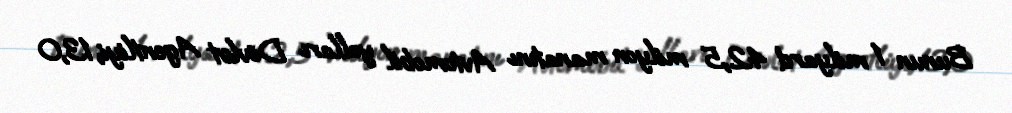
Bunun 1 milyard 42,5 milyon manatını Avtomobil yolları Dövlət Agentliyi, 13,0